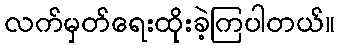
လက်မှတ်ရေးထိုးခဲ့ကြပါတယ်။